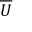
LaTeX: \overline { { U } }